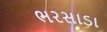
ભરસાડા